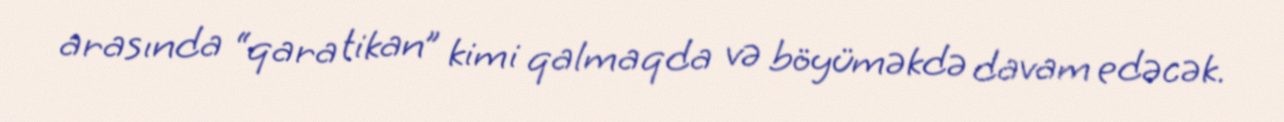
arasında “qara tikan” kimi qalmaqda və böyüməkdə davam edəcək.